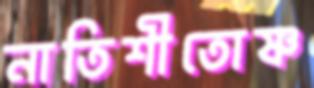
নাতিশীতোষ্ণ